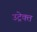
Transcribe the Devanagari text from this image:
उट्रेक्त